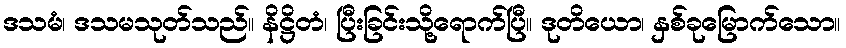
ဒသမံ၊ ဒသမသုတ်သည်။ နိဋ္ဌိတံ၊ ပြီးခြင်းသို့ရောက်ပြီ။ ဒုတိယော၊ နှစ်ခုမြောက်သော။